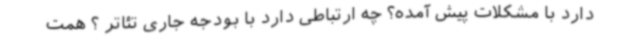
دارد با مشکلات پیش آمده؟ چه ارتباطی دارد با بودجه جاری تئاتر ؟ همت